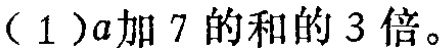
$3(a + 7)$